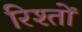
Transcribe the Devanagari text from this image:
रिश्‍तों